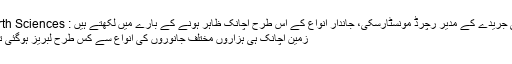
Earth Sciences نامی جریدے کے مدیر رچرڈ مونسٹارسکی، جاندار انواع کے اس طرح اچانک ظاہر ہونے کے بارے میں لکھتے ہیں :
زمین اچانک ہی ہزاروں مختلف جانوروں کی انواع سے کس طرح لبریز ہوگئی تھی؟